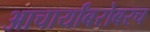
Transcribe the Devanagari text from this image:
आचार्यांबरोबरच